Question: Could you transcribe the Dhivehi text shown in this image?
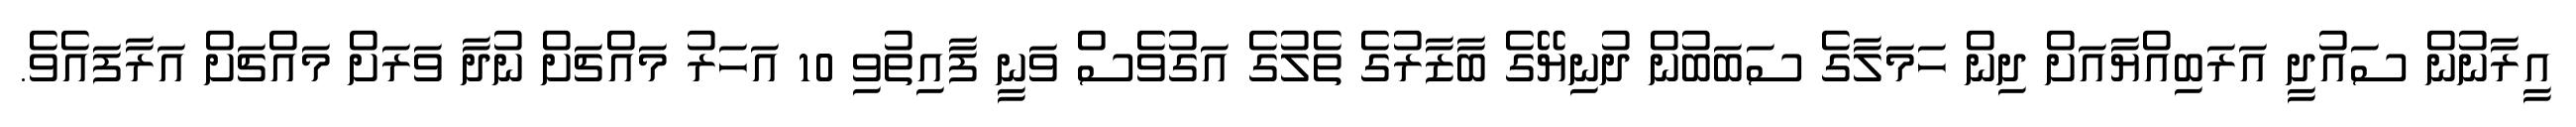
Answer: އީރާނުން ސައުދީ އަރަބިއްޔާއަށް ދިން ހަމަލާގެ ސަބަބުން ދުނިޔޭގެ ބާޒާރުގެ ތެލުގެ އަގުވެސް ވަނީ ފާއިތުވި 10 އަހަރު މައްޗަށް ނުދާ ވަރަށް މައްޗަށް އަރާފައެވެ.